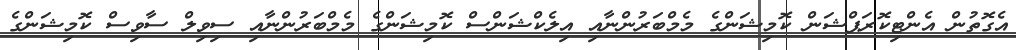
އެގޮތުން އެންޓިކޮރަޕްޝަން ކޮމިޝަންގެ މެމްބަރުންނާއި އިލެކްޝަންސް ކޮމިޝަންގެ މެމްބަރުންނާއި ސިވިލް ސާވިސް ކޮމިޝަންގެ